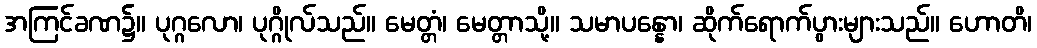
အကြင်ခဏ၌။ ပုဂ္ဂလော၊ ပုဂ္ဂိုလ်သည်။ မေတ္တံ၊ မေတ္တာသို့။ သမာပန္နော၊ ဆိုက်ရောက်ပွားများသည်။ ဟောတိ၊